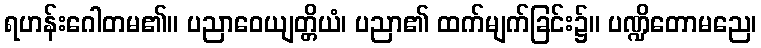
ရဟန်းဂေါတမ၏။ ပညာဝေယျတ္တိယံ၊ ပညာ၏ ထက်မျက်ခြင်း၌။ ပဏ္ဍိတောမညေ၊